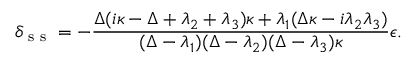
\delta _ { \textrm { s s } } = - \frac { \Delta ( i \kappa - \Delta + \lambda _ { 2 } + \lambda _ { 3 } ) \kappa + \lambda _ { 1 } ( \Delta \kappa - i \lambda _ { 2 } \lambda _ { 3 } ) } { ( \Delta - \lambda _ { 1 } ) ( \Delta - \lambda _ { 2 } ) ( \Delta - \lambda _ { 3 } ) \kappa } \epsilon .